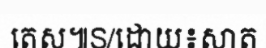
តេស៕S/ដោយ៖សាត